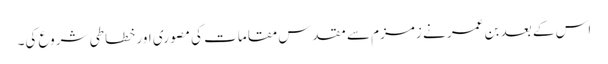
اس کے بعد بن عمر نے زمزم سے مقدس مقامات کی مصوری اور خطاطی شروع کی۔